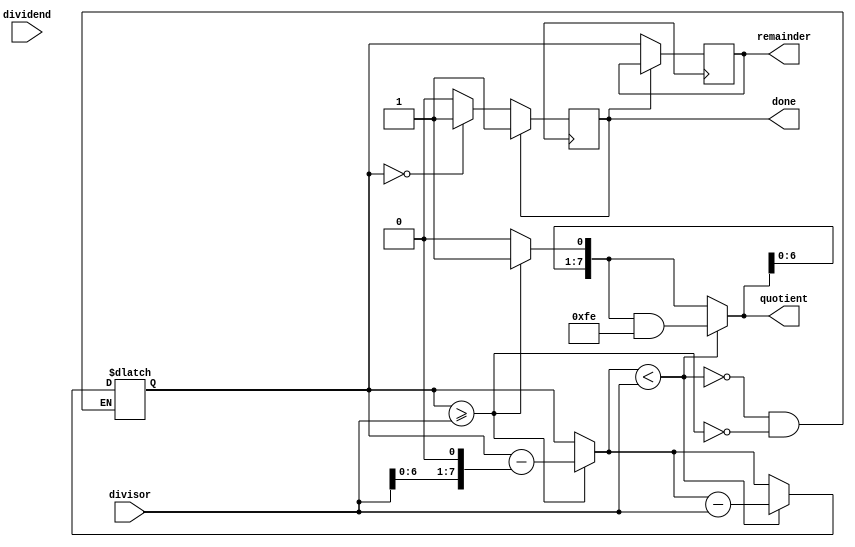
module radix2_srt_divider(
  input [7:0] dividend,
  input [7:0] divisor,
  output reg [7:0] quotient,
  output reg [7:0] remainder,
  output reg done
);

reg [7:0] partial_remainder;
reg [7:0] shifted_divisor;

always @(*) begin
  if (partial_remainder >= divisor) begin
    shifted_divisor = divisor << 1;
    partial_remainder = partial_remainder - shifted_divisor;
    quotient = quotient << 1;
    quotient[0] = 1;
  end else begin
    shifted_divisor = divisor;
    quotient = quotient << 1;
  end

  if (partial_remainder < divisor) begin
    shifted_divisor = divisor;
    partial_remainder = partial_remainder - divisor;
    quotient = quotient & ~1;
  end
end

always @(posedge clk) begin
  if (!done) begin
    remainder = partial_remainder;
    if (partial_remainder == 0)
      done = 1;
  end
end

endmodule